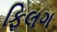
ફિલગ